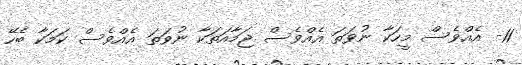
11- އެއްވެސް މީހަކާ ނުވަތަ އެއްވެސް ޖަމާއަތަކާ ނުވަތަ އެއްވެސް ކަމަކާ ބެހޭ